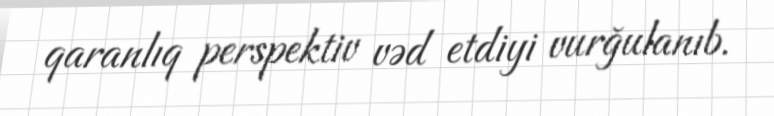
qaranlıq perspektiv vəd etdiyi vurğulanıb.